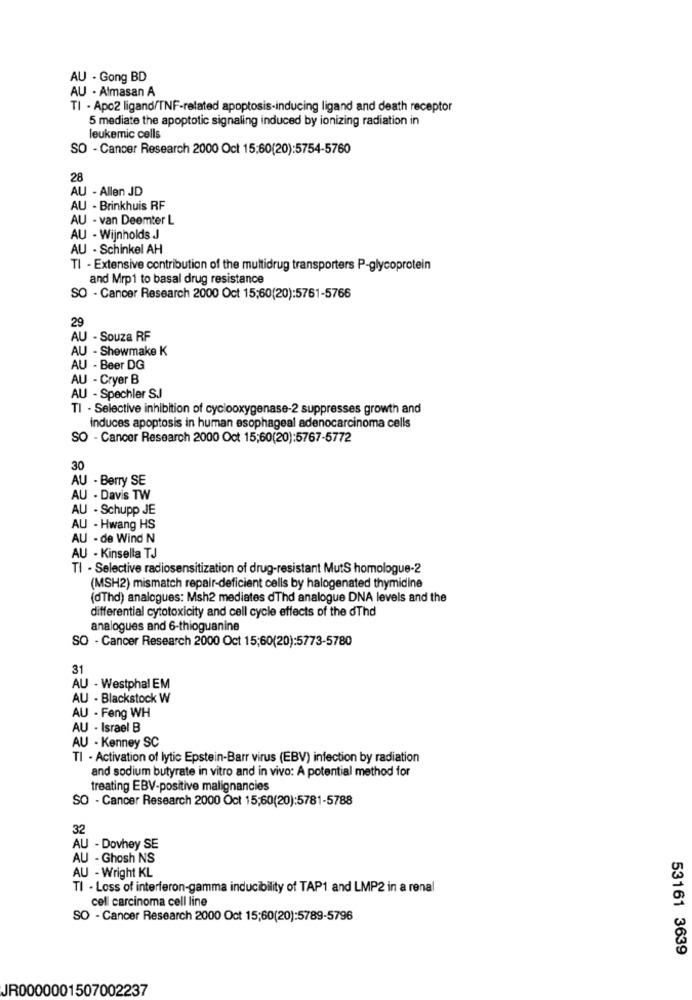
AU - Gong BD
AU - Almasan A
TI - Apo2 ligand/TNF-related apoptosis-inducing ligand and death receptor
5 mediate the apoptotic signaling induced by ionizing radiation in
leukemic cells
SO - Cancer Research 2000 Oct 15:60(20):5754-5760
28
AU - Allen JD
AU - Brinkhuis RF
AU - van Deemter L
AU - Wijnholds J
AU - Schinkel AH
TI - Extensive contribution of the multidrug transporters P-glycoprotein
and Mrp1 to basal drug resistance
SO - Cancer Research 2000 Oct 15:60(20):5761-5766
29
AU - Souza RF
AU - Shewmake K
AU - Beer DG
AU - Cryer B
AU - Spechler SJ
TI - Selective inhibition of cyclooxygenase-2 suppresses growth and
induces apoptosis in human esophageal adenocarcinoma cells
SO - Cancer Research 2000 Oct 15;60(20):5767-5772
30
AU - Berry SE
AU - Davis TW
AU - Schupp JE
AU - Hwang HS
AU - de Wind N
AU - Kinsella TJ
TI - Selective radiosensitization of drug-resistant MutS homologue-2
(MSH2) mismatch repair-deficient cells by halogenated thymidine
(dThd) analogues: Msh2 mediates dThd analogue DNA levels and the
differential cytotoxicity and cell cycle effects of the oThd
analogues and 6-thioguanine
SO - Cancer Research 2000 Oct 15;60(20):5773-5780
AU - Westphal EM
AU - Blackstock W
AU - Feng WH
AU - Israel B
AU - Kenney SC
522222
TI - Activation of lytic Epstein-Barr virus (EBV) infection by radiation
and sodium butyrate in vitro and in vivo: A potential method for
treating EBV-positive malignancies
SO - Cancer Research 2000 Oct 15;60(20):5781-5788
32
AU - Dovhey SE
AU - Ghosh NS
AU - Wright KL
TI - Loss of interferon-gamma inducibility of TAP1 and LMP2 in a renal
cell carcinoma cell line
SO - Cancer Research 2000 Oct 15;60(20):5789-5796
53161 3639
JR0000001507002237